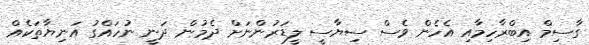
ގާސިމް އިބްރާހިމާއި އެހެން ވެސް ސިޔާސީ ލީޑަރުންނަށް ދެމުން ދަނީ ނުހައްގު އަނިޔާތަކެއް